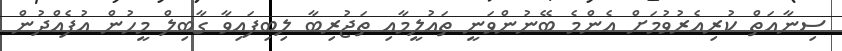
ސިނާއަތް ކުރިއެރުވުމަށް އެންމެ ބޭނުންވަނީ ތައުލީމާއި ތަޖުރިބާ ލިބިފައިވާ ގާބިލް މީހުން އުފެއްދުން